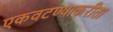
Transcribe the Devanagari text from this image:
एकवटण्याकरीता